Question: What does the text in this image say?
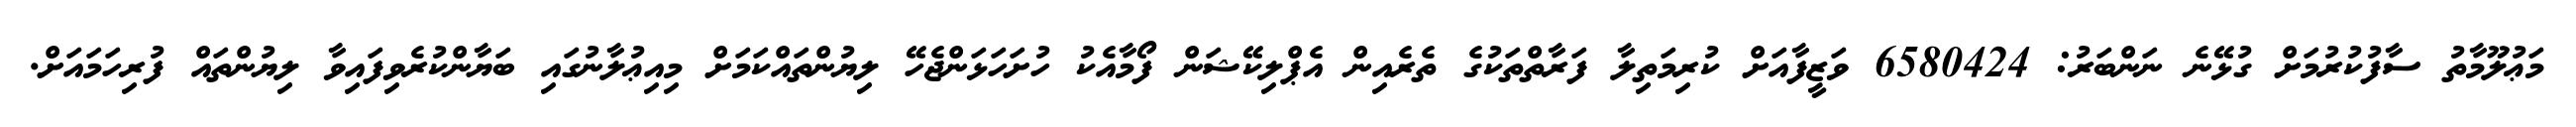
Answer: މަޢުލޫމާތު ސާފުކުރުމަށް ގުޅޭނެ ނަންބަރު: 6580424 ވަޒީފާއަށް ކުރިމަތިލާ ފަރާތްތަކުގެ ތެރެއިން އެޕްލިކޭޝަން ފޯމާއެކު ހުށަހަޅަންޖެހޭ ލިޔުންތައްކަމަށް މިއިޢުލާނުގައި ބަޔާންކުރެވިފައިވާ ލިޔުންތައް ފުރިހަމައަށް.